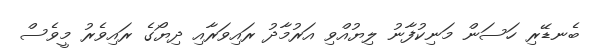
ބެނޑޭރި ހަސަން މަނިކުފާނު ލިޔުއްވި އަރުމާދު ރައިވަރާއި ދިޔޯގެ ރައިވެރު މީވެސް